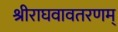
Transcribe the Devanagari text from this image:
श्रीराघवावतरणम्